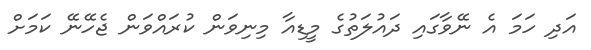
އަދި ހަމަ އެ ނޭވާގައި ދައުލަތުގެ މީޑިއާ މިނިވަން ކުރައްވަން ޖެހޭނޭ ކަމަށް